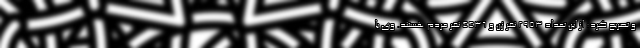
و تصریح کرد: از این تعداد 2953 نفر زن و 4436 نفر مردم هستند. وی با